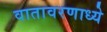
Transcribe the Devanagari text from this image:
वातावरणाध्ये